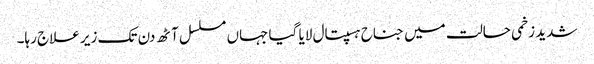
شدید زخمی حالت میں جناح ہسپتال لایا گیا جہاں مسلسل آٹھ دن تک زیر علاج رہا۔